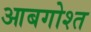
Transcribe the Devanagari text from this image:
आबगोश्त